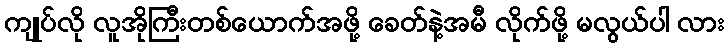
ကျုပ်လို လူအိုကြီးတစ်ယောက်အဖို့ ခေတ်နဲ့အမီ လိုက်ဖို့ မလွယ်ပါ လား